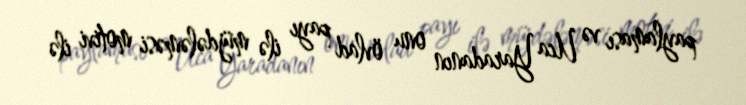
paylaması və Uca Yaradanın onu övlad payı ilə müjdələməsi motivi ilə